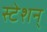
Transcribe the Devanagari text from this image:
स्टेशन्